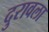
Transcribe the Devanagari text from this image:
दुरावला